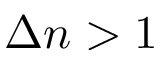
\Delta n > 1